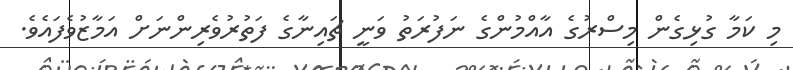
މި ކަމާ ގުޅިގެން މިސްރުގެ އާއްމުންގެ ނަފުރަތު ވަނީ ޗައިނާގެ ފަތުރުވެރިންނަށް އަމާޒުވެފައެވެ.